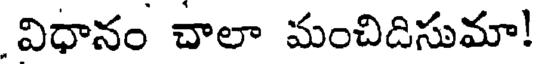
విధానం చాలా మంచిదిసుమా!